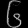
Digit: ၆